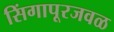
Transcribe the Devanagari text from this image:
सिंगापूरजवळ